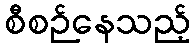
စီစဉ်နေသည့်